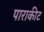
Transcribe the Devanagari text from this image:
पाराकीट